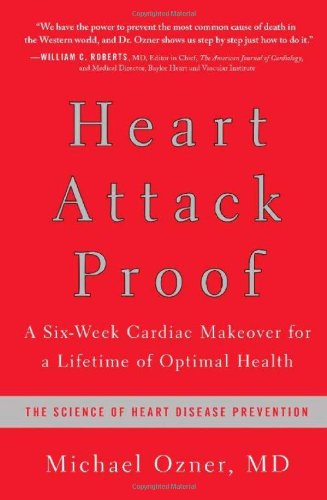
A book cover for Heart Attack Proof: A Six-Week Cardiac Makeover for a Lifetime of Optimal Health; Michael Ozner; Health, Fitness & Dieting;